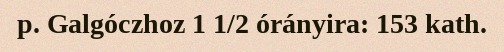
p. Galgóczhoz 1 1/2 órányira: 153 kath.